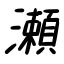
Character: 瀬